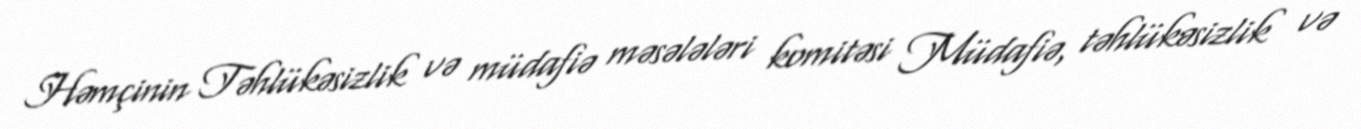
Həmçinin Təhlükəsizlik və müdafiə məsələləri komitəsi Müdafiə, təhlükəsizlik və